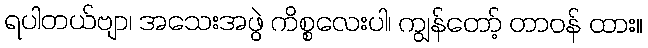
ရပါတယ်ဗျာ၊ အသေးအဖွဲ ကိစ္စလေးပါ၊ ကျွန်တော့် တာဝန် ထား။